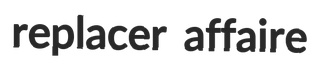
replacer affaire